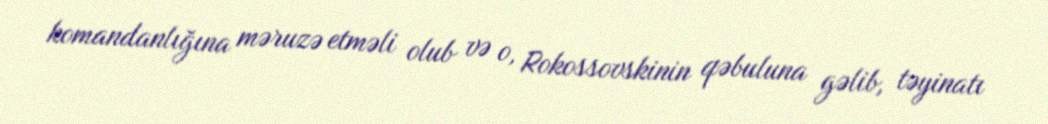
komandanlığına məruzə etməli olub və o, Rokossovskinin qəbuluna gəlib, təyinatı